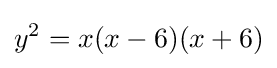
y^{2}=x(x-6)(x+6)